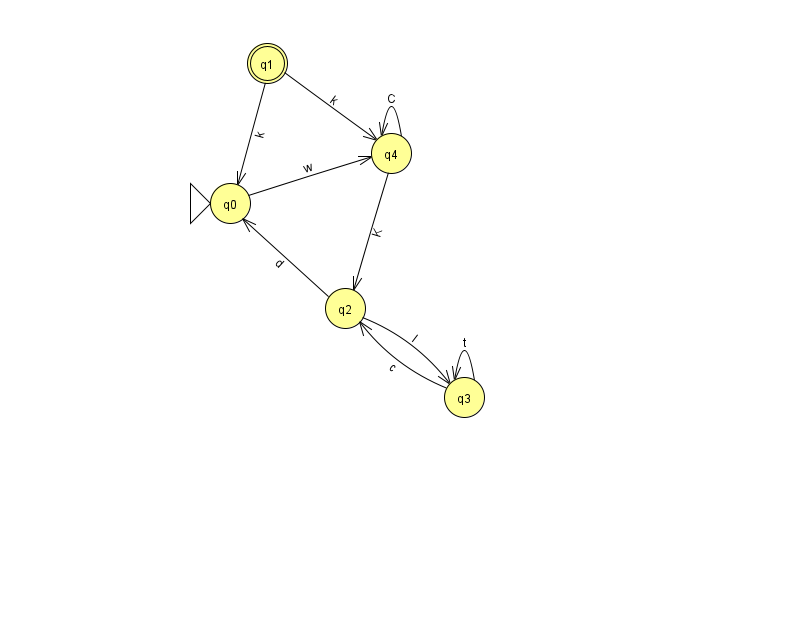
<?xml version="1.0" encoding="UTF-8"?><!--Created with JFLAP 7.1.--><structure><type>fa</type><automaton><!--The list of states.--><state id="0" name="q0"><x>230.0</x><y>190.0</y><initial/></state><state id="1" name="q1"><x>267.0</x><y>50.0</y><final/></state><state id="2" name="q2"><x>345.0</x><y>295.0</y></state><state id="3" name="q3"><x>464.0</x><y>384.0</y></state><state id="4" name="q4"><x>391.0</x><y>140.0</y></state><!--The list of transitions.--><transition><from>0</from><to>4</to><read>w</read></transition><transition><from>1</from><to>4</to><read>k</read></transition><transition><from>4</from><to>4</to><read>C</read></transition><transition><from>2</from><to>3</to><read>l</read></transition><transition><from>3</from><to>3</to><read>t</read></transition><transition><from>4</from><to>2</to><read>K</read></transition><transition><from>1</from><to>0</to><read>k</read></transition><transition><from>3</from><to>2</to><read>c</read></transition><transition><from>2</from><to>0</to><read>d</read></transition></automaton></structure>